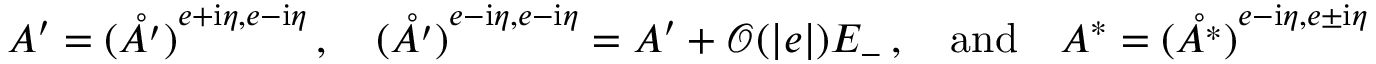
A ^ { \prime } = \mathring { ( A ^ { \prime } ) } ^ { { e + \mathrm { i } \eta , e - \mathrm { i } \eta } } \, , \quad \mathring { ( A ^ { \prime } ) } ^ { { e - \mathrm { i } \eta , e - \mathrm { i } \eta } } = A ^ { \prime } + \mathcal { O } ( | e | ) E _ { - } \, , \quad \mathrm { a n d } \quad A ^ { * } = \mathring { ( A ^ { * } ) } ^ { { e - \mathrm { i } \eta , e \pm \mathrm { i } \eta } }